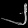
Digit: ၂